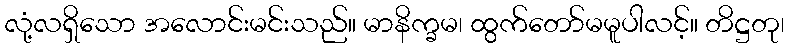
လုံ့လရှိသော အလောင်းမင်းသည်။ မာနိက္ခမ၊ ထွက်တော်မမူပါလင့်။ တိဋ္ဌတု၊